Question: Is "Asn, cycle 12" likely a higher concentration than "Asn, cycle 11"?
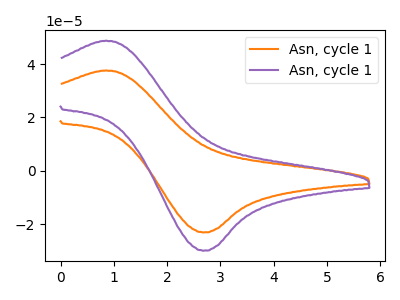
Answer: <think>The orange curve "Asn, cycle 11" has an anodic peak at (0.85V, 37.60uA) and a cathodic peak at (2.70V, -23.10uA). The purple curve "Asn, cycle 12" has an anodic peak at (0.85V, 48.75uA) and a cathodic peak at (2.70V, -29.95uA).
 All the peaks in "Asn, cycle 12" have a peak in "Asn, cycle 11" at the same potential. Every peak in "Asn, cycle 12" is higher than every peak in "Asn, cycle 11".</think>
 <answer>"Asn, cycle 12" has more signal than "Asn, cycle 11".</answer>
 <eval>more_signal</eval>